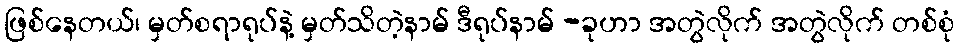
ဖြစ်နေတယ်၊ မှတ်စရာရုပ်နဲ့ မှတ်သိတဲ့နာမ် ဒီရုပ်နာမ် -ခုဟာ အတွဲလိုက် အတွဲလိုက် တစ်စုံ